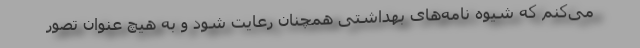
می‌کنم که شیوه نامه‌های بهداشتی همچنان رعایت شود و به هیچ عنوان تصور